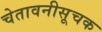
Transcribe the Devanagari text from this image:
चेतावनीसूचक